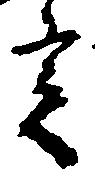
定